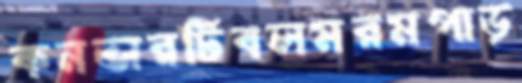
কনভারটিবলমরমপাড়